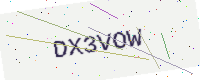
Text: DX3VOW